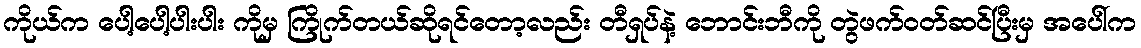
ကိုယ်က ပေါ့ပေါ့ပါးပါး ကိုမှ ကြိုက်တယ်ဆိုရင်တော့လည်း တီရှပ်နဲ့ ဘောင်းဘီကို တွဲဖက်ဝတ်ဆင်ပြီးမှ အပေါ်က